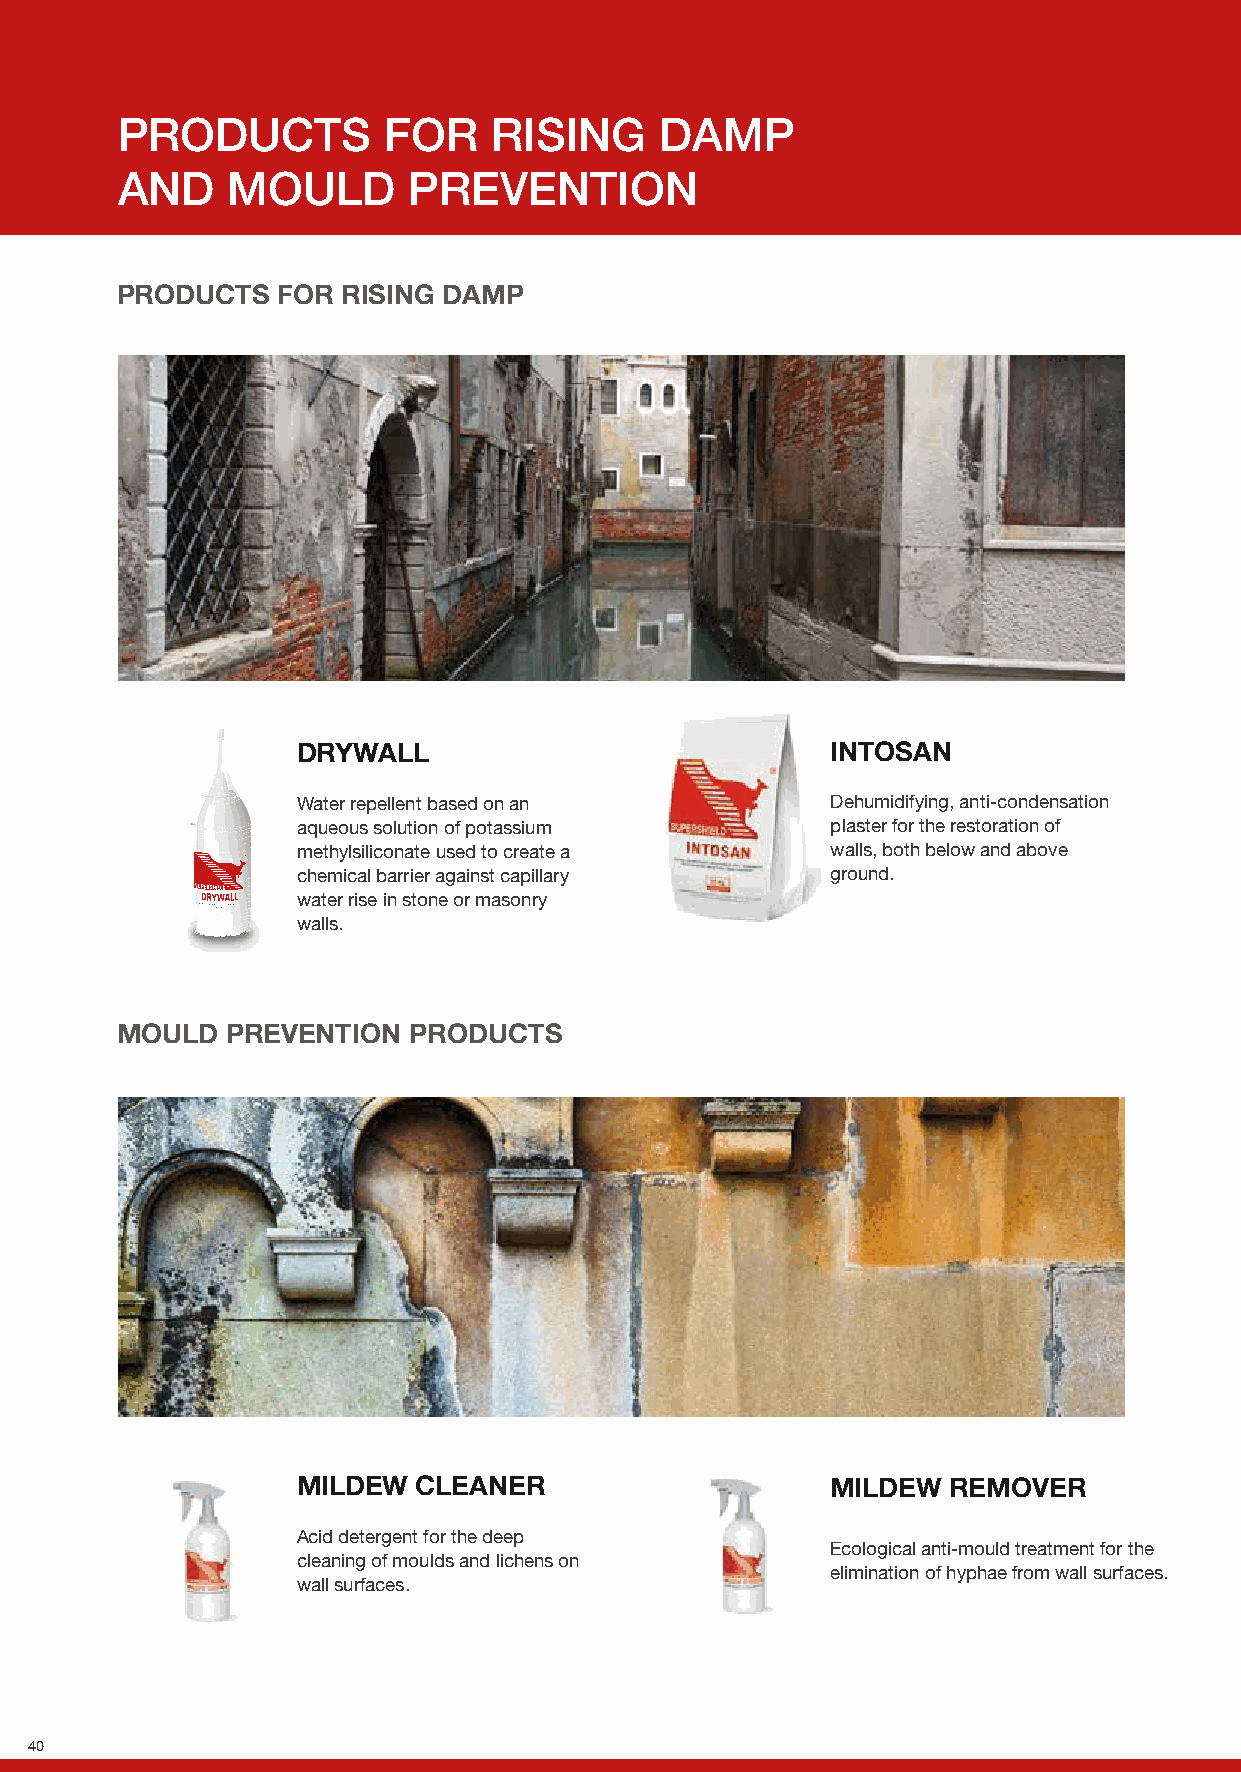
PRODUCTS         FOR     RISING     DAMP
 AND    MOULD       PREVENTION
 PRODUCTS  FOR  RISING DAMP
 DRYWALL                            INTOSAN
 Water repellent based on an        Dehumidifying, anti-condensation
 aqueous solution of potassium      plaster for the restoration of
 methylsiliconate used to create a  walls, both below and above
 chemical barrier against capillary ground.
 water rise in stone or masonry
 walls.
 MOULD  PREVENTION  PRODUCTS
 MILDEW  CLEANER                    MILDEW  REMOVER
 Acid detergent for the deep
 Ecological anti-mould treatment for the
 cleaning of moulds and lichens on
 elimination of hyphae from wall surfaces.
 wall surfaces.
 40